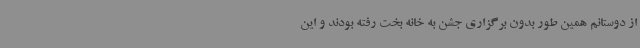
از دوستانم همین طور بدون برگزاری جشن به خانه بخت رفته بودند و این